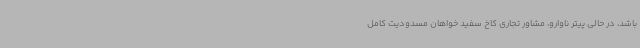
باشد، در حالی پیتر ناوارو، مشاور تجاری کاخ سفید خواهان مسدودیت کامل